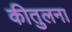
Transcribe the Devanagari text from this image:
कीतुलना